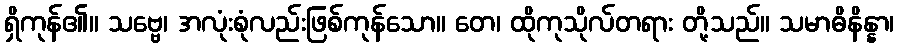
ရှိကုန်၏။ သဗ္ဗေ၊ အလုံးစုံလည်းဖြစ်ကုန်သော။ တေ၊ ထိုကုသိုလ်တရား တို့သည်။ သမာဓိနိန္နာ၊